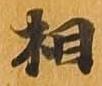
相